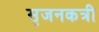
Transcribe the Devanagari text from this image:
सृजनकत्री